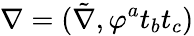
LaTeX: \nabla=(\tilde{\nabla},\varphi^{a}t_{b}t_{c})